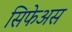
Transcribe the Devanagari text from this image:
सिफेअस